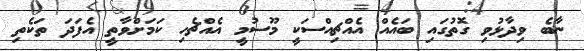
ނާބެ ވިދާޅުވި ގޮތުގައި ބައެއް އެއްޗިއްސަކީ މޫސުމީ އެއްޗެހި ކަމަށްވާތީ އެފަދަ ތަކެތި